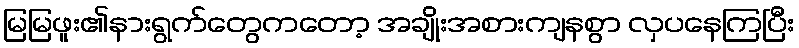
မြမြဖူး၏နားရွက်တွေကတော့ အချိုးအစားကျနစွာ လှပနေကြပြီး